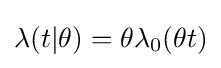
\lambda (t|\theta )=\theta \lambda _{0}(\theta t)